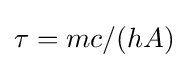
\tau =mc/(hA)